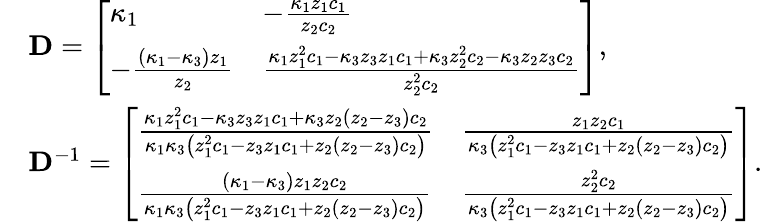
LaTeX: \begin{array}{rl}&{\mathbf{D}=\left[\begin{array}{ll}{\kappa_{1}}&{-\frac{\kappa_{1}z_{1}c_{1}}{z_{2}c_{2}}}\\ {-\frac{\left(\kappa_{1}-\kappa_{3}\right)z_{1}}{z_{2}}}&{\frac{\kappa_{1}z_{1}^{2}c_{1}-\kappa_{3}z_{3}z_{1}c_{1}+\kappa_{3}z_{2}^{2}c_{2}-\kappa_{3}z_{2}z_{3}c_{2}}{z_{2}^{2}c_{2}}}\end{array}\right],}\\ &{\mathbf{D}^{-1}=\left[\begin{array}{ll}{\frac{\kappa_{1}z_{1}^{2}c_{1}-\kappa_{3}z_{3}z_{1}c_{1}+\kappa_{3}z_{2}\left(z_{2}-z_{3}\right)c_{2}}{\kappa_{1}\kappa_{3}\left(z_{1}^{2}c_{1}-z_{3}z_{1}c_{1}+z_{2}\left(z_{2}-z_{3}\right)c_{2}\right)}}&{\frac{z_{1}z_{2}c_{1}}{\kappa_{3}\left(z_{1}^{2}c_{1}-z_{3}z_{1}c_{1}+z_{2}\left(z_{2}-z_{3}\right)c_{2}\right)}}\\ {\frac{\left(\kappa_{1}-\kappa_{3}\right)z_{1}z_{2}c_{2}}{\kappa_{1}\kappa_{3}\left(z_{1}^{2}c_{1}-z_{3}z_{1}c_{1}+z_{2}\left(z_{2}-z_{3}\right)c_{2}\right)}}&{\frac{z_{2}^{2}c_{2}}{\kappa_{3}\left(z_{1}^{2}c_{1}-z_{3}z_{1}c_{1}+z_{2}\left(z_{2}-z_{3}\right)c_{2}\right)}}\end{array}\right].}\end{array}